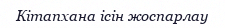
Кітапхана ісін жоспарлау